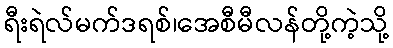
ရီးရဲလ်မက်ဒရစ်၊အေစီမီလန်တို့ကဲ့သို့